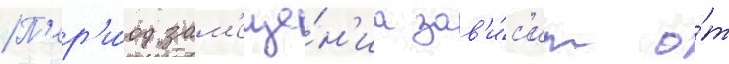
П'ер'и́од зам'еще́н'иа зав'и́с'ит о́т